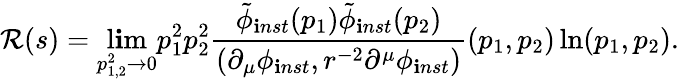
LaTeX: \mathcal{R}(s)=\operatorname*{l\mathbf{i}m}_{p_{1,2}^{2}\rightarrow0}p_{1}^{2}p_{2}^{2}\frac{{\tilde{{\phi}}_{\mathbf{i}nst}(p_{1})\tilde{{\phi}}_{\mathbf{i}nst}(p_{2})}}{{(\partial_{\mu}\phi_{\mathbf{i}nst},r^{-2}\partial^{\mu}\phi_{\mathbf{i}nst})}}(p_{1},p_{2})\ln(p_{1},p_{2}).